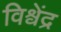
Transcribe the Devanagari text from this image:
विश्वेंद्र